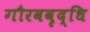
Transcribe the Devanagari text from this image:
गौरववृद्धि